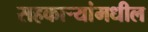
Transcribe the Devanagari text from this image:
सहकार्‍यांमधील